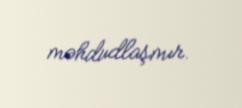
məhdudlaşmır.